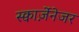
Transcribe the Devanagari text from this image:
स्क्वार्ज़ेनेजर